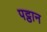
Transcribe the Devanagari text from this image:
पट्ठान